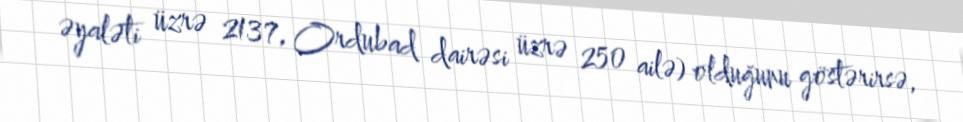
əyaləti üzrə 2137, Ordubad dairəsi üzrə 250 ailə) olduğunu göstərirsə,